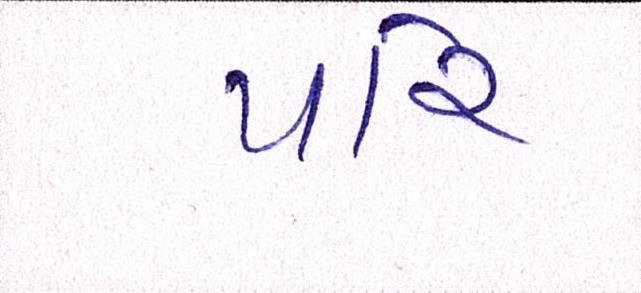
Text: પરિ